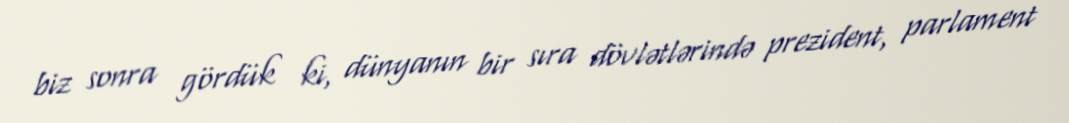
biz sonra gördük ki, dünyanın bir sıra dövlətlərində prezident, parlament